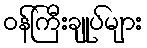
ဝန်ကြီးချုပ်များ